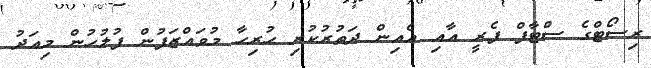
ރިސޯޓްގެ ސްޓާފް ފެރީ އާއި އެއިން ދަތުރުކުރި ހުރިހާ މުވައްޒަފުން ފުލުހުން މިއަދު